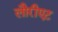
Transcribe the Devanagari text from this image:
लौरीएट